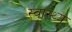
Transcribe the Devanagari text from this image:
स्‍वास्‍थ्य